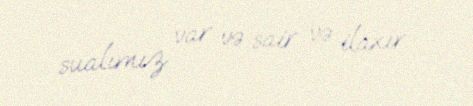
sualımız var və sair və ilaxır.